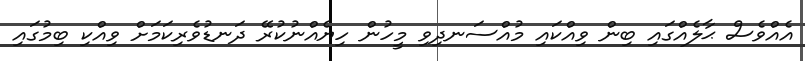
އެއްވެސް ޙާލެއްގައި ބިން ވިއްކައި މުއްސަނދިވި މީހުން ހިޔެއްނުކުރޭ ދަނޑުވެރިކަމަށް ވިއްކި ބިމުގައި